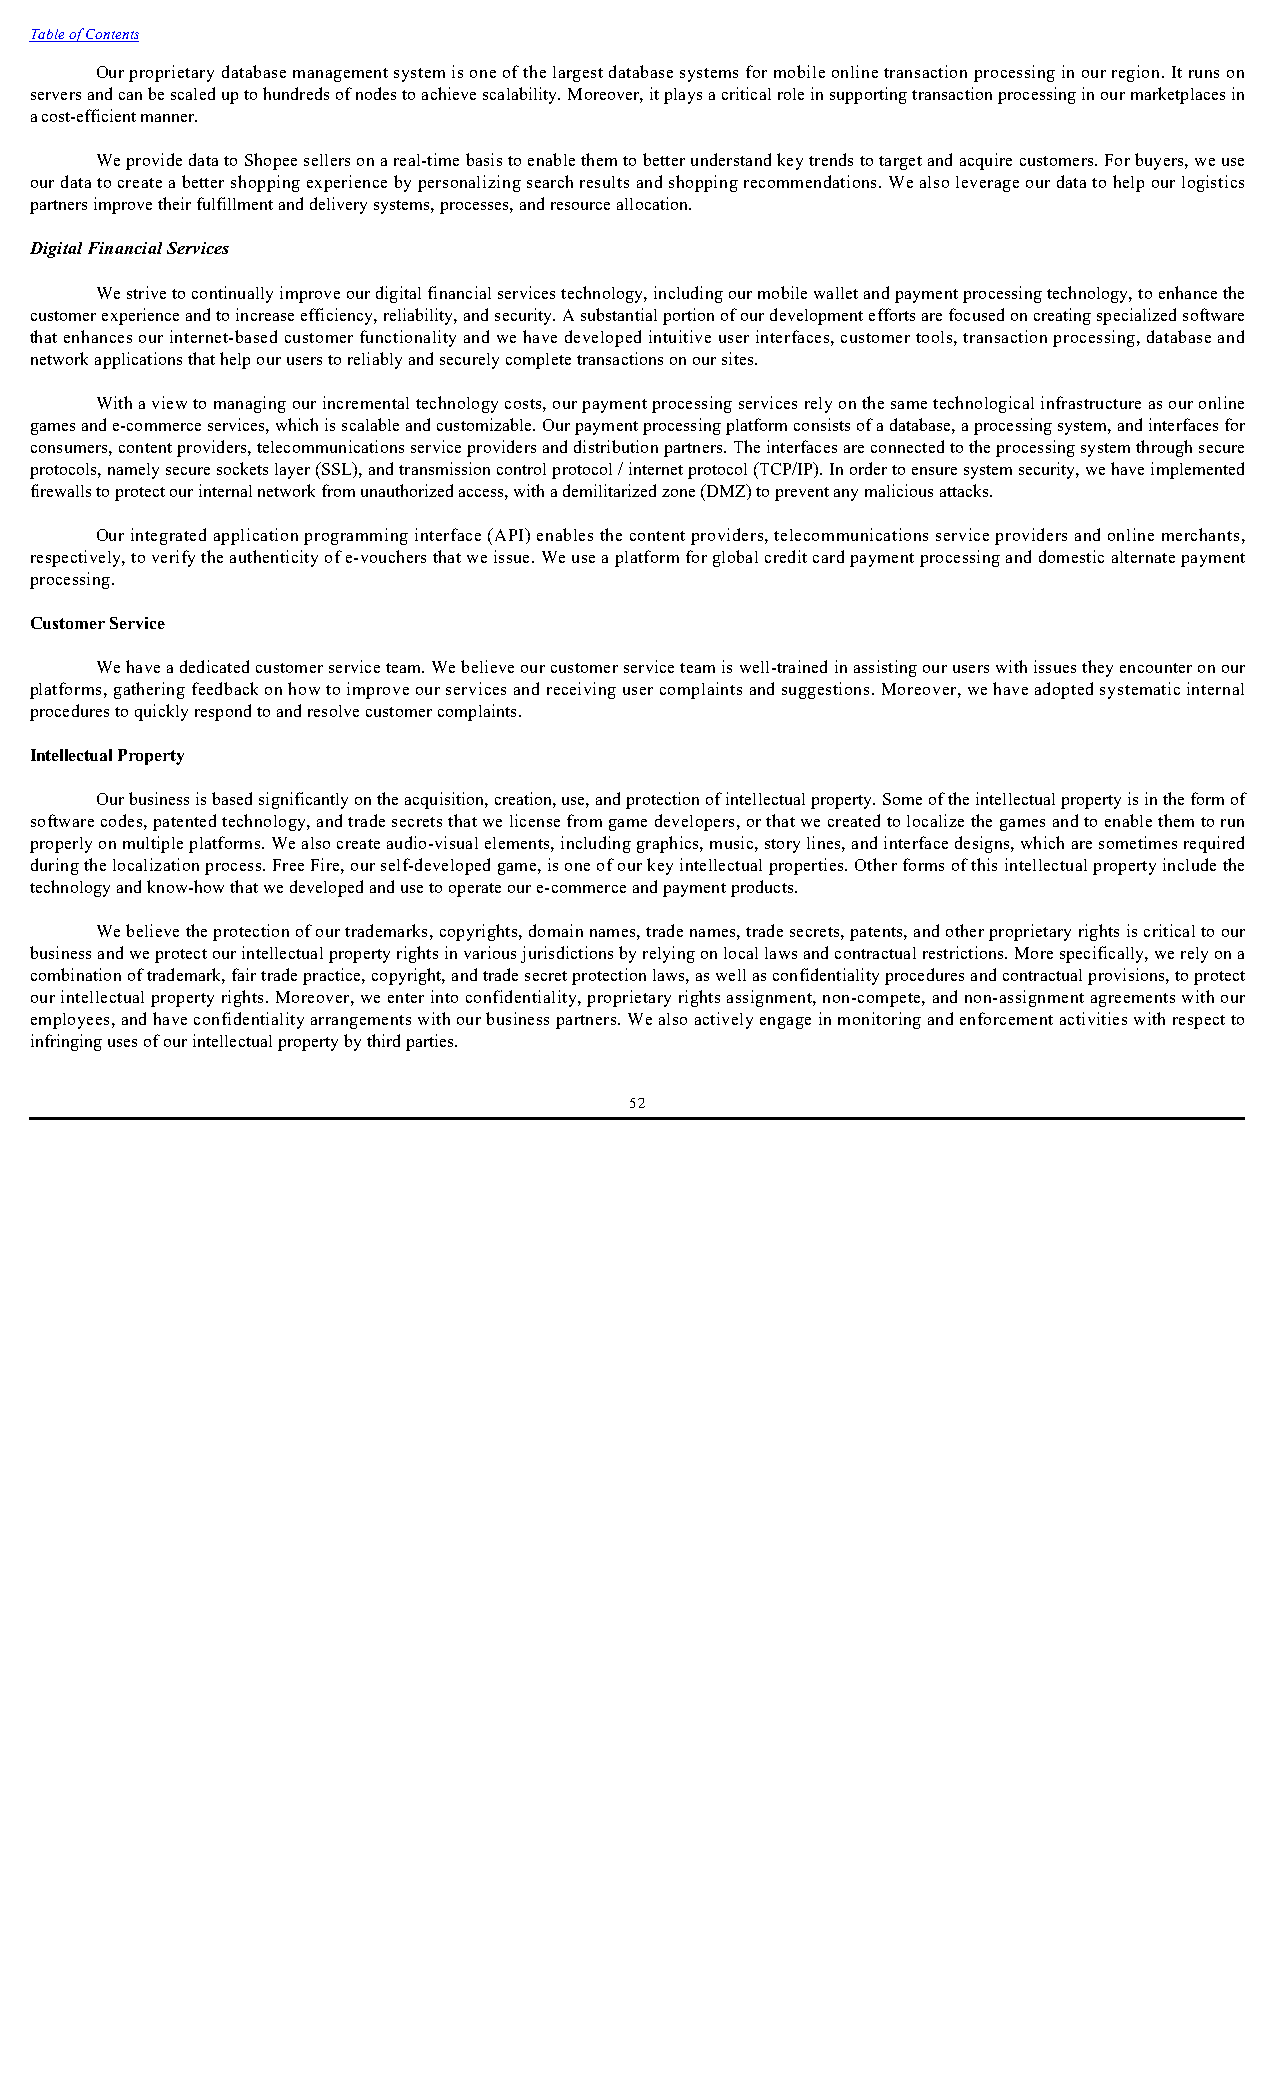
Table of Contents
 Our proprietary database management system is one of the largest database systems for mobile online transaction processing in our region. It runs on
 servers and can be scaled up to hundreds of nodes to achieve scalability. Moreover, it plays a critical role in supporting transaction processing in our marketplaces in
 a cost-efficient manner.
 We provide data to Shopee sellers on a real-time basis to enable them to better understand key trends to target and acquire customers. For buyers, we use
 our data to create a better shopping experience by personalizing search results and shopping recommendations. We also leverage our data to help our logistics
 partners improve their fulfillment and delivery systems, processes, and resource allocation.
 Digital Financial Services
 We strive to continually improve our digital financial services technology, including our mobile wallet and payment processing technology, to enhance the
 customer experience and to increase efficiency, reliability, and security. A substantial portion of our development efforts are focused on creating specialized software
 that enhances our internet-based customer functionality and we have developed intuitive user interfaces, customer tools, transaction processing, database and
 network applications that help our users to reliably and securely complete transactions on our sites.
 With a view to managing our incremental technology costs, our payment processing services rely on the same technological infrastructure as our online
 games and e-commerce services, which is scalable and customizable. Our payment processing platform consists of a database, a processing system, and interfaces for
 consumers, content providers, telecommunications service providers and distribution partners. The interfaces are connected to the processing system through secure
 protocols, namely secure sockets layer (SSL), and transmission control protocol / internet protocol (TCP/IP). In order to ensure system security, we have implemented
 firewalls to protect our internal network from unauthorized access, with a demilitarized zone (DMZ) to prevent any malicious attacks.
 Our integrated application programming interface (API) enables the content providers, telecommunications service providers and online merchants,
 respectively, to verify the authenticity of e-vouchers that we issue. We use a platform for global credit card payment processing and domestic alternate payment
 processing.
 Customer Service
 We have a dedicated customer service team. We believe our customer service team is well-trained in assisting our users with issues they encounter on our
 platforms, gathering feedback on how to improve our services and receiving user complaints and suggestions. Moreover, we have adopted systematic internal
 procedures to quickly respond to and resolve customer complaints.
 Intellectual Property
 Our business is based significantly on the acquisition, creation, use, and protection of intellectual property. Some of the intellectual property is in the form of
 software codes, patented technology, and trade secrets that we license from game developers, or that we created to localize the games and to enable them to run
 properly on multiple platforms. We also create audio-visual elements, including graphics, music, story lines, and interface designs, which are sometimes required
 during the localization process. Free Fire, our self-developed game, is one of our key intellectual properties. Other forms of this intellectual property include the
 technology and know-how that we developed and use to operate our e-commerce and payment products.
 We believe the protection of our trademarks, copyrights, domain names, trade names, trade secrets, patents, and other proprietary rights is critical to our
 business and we protect our intellectual property rights in various jurisdictions by relying on local laws and contractual restrictions. More specifically, we rely on a
 combination of trademark, fair trade practice, copyright, and trade secret protection laws, as well as confidentiality procedures and contractual provisions, to protect
 our intellectual property rights. Moreover, we enter into confidentiality, proprietary rights assignment, non-compete, and non-assignment agreements with our
 employees, and have confidentiality arrangements with our business partners. We also actively engage in monitoring and enforcement activities with respect to
 infringing uses of our intellectual property by third parties.
 52